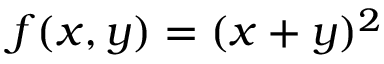
f ( x , y ) = ( x + y ) ^ { 2 }